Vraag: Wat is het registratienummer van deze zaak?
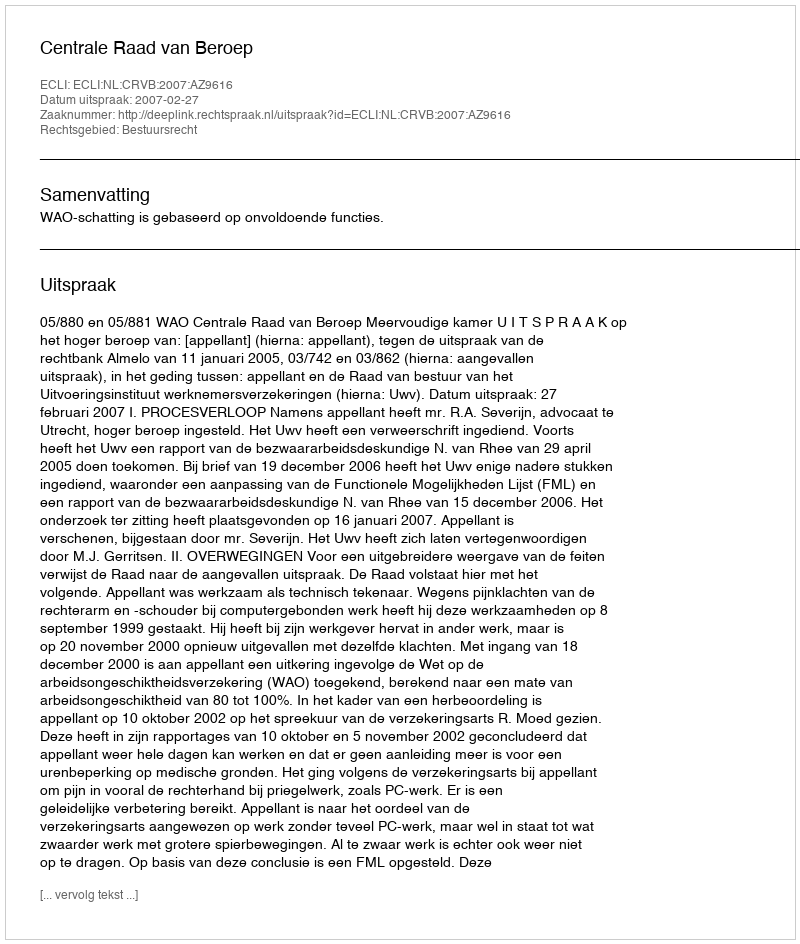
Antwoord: http://deeplink.rechtspraak.nl/uitspraak?id=ECLI:NL:CRVB:2007:AZ9616